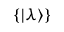
\{ | \lambda \rangle \}